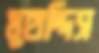
মুহাদ্দিস